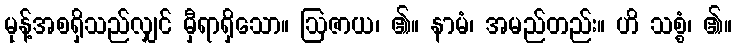
မုန့်အစရှိသည်လျှင် မှီရာရှိသော။ ဩဇာယ၊ ၏။ နာမံ၊ အမည်တည်း။ ဟိ သစ္စံ၊ ၏။